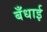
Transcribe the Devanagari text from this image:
बँधाई